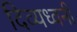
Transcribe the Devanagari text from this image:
दिव्यध्वनी